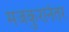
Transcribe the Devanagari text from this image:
मजकुरानंतर